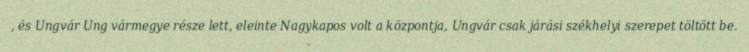
, és Ungvár Ung vármegye része lett, eleinte Nagykapos volt a központja, Ungvár csak járási székhelyi szerepet töltött be.